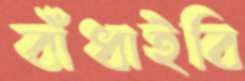
বাঁধাইবি